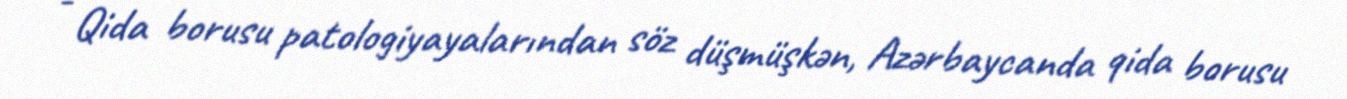
- Qida borusu patologiyayalarından söz düşmüşkən, Azərbaycanda qida borusu